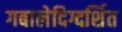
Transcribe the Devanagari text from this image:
गबालेदिग्दर्शित